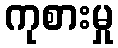
ကုစားမှု